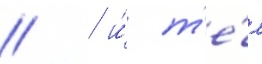
/  и́ т'е́м